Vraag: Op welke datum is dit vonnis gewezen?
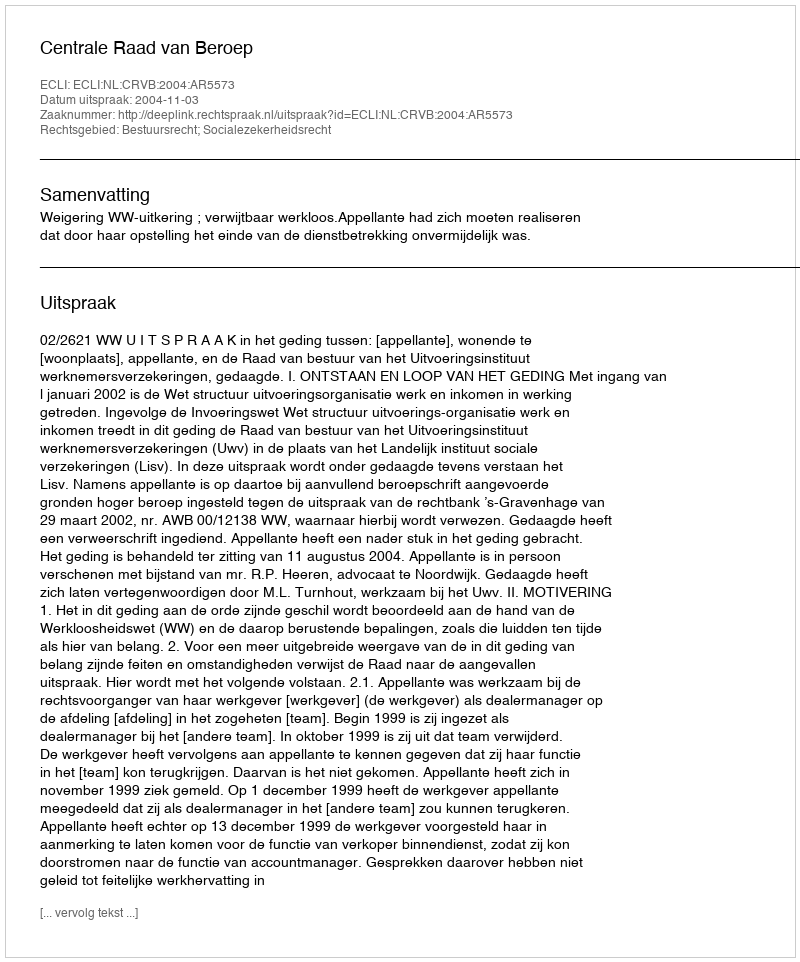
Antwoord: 2004-11-03